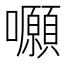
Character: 𡅪